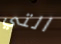
التي